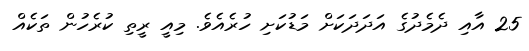
25 އާއި ދެމެދުގެ އަދަދަކަށް މަޑުކަށި ހުރެއެވެ. މިއީ ރީތި ކުރެހުން ތަކެއް